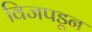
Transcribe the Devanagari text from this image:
विजपडून